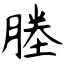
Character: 塍